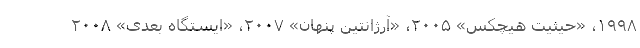
۱۹۹۸، «حیثیت هیچکس» ۲۰۰۵، «آرژانتین پنهان» ۲۰۰۷، «ایستگاه بعدی» ۲۰۰۸